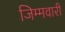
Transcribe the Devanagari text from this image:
जिम्मवारी